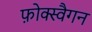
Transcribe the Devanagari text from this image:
फ़ोक्स्वैगन